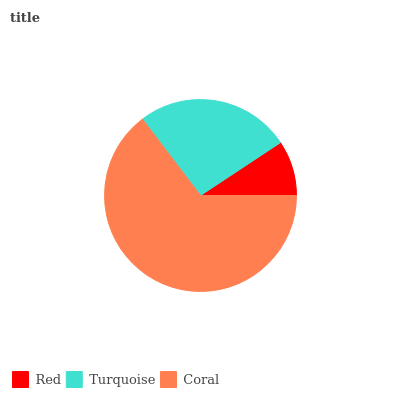
| Red | Turquoise | Coral |
 | --- | --- | --- |
 | 9.29% | 26.1% | 64.6% |